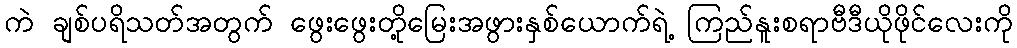
ကဲ ချစ်ပရိသတ်အတွက် ဖွေးဖွေးတို့မြေးအဖွားနှစ်ယောက်ရဲ့ ကြည်နူးစရာဗီဒီယိုဖိုင်လေးကို